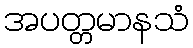
အပတ္တမာနသံ